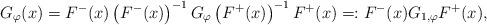
LaTeX: \begin{align*}G_{\varphi}(x) = F^{-}(x) \left(F^{-}(x)\right)^{-1} G_{\varphi} \left(F^{+}(x)\right)^{-1} F^{+}(x) =: F^{-}(x) G_{1, \varphi} F^{+}(x),\end{align*}